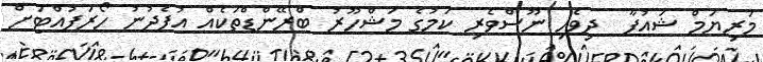
މަރިޔަމް ޝައުފާ  ދިވެހި ނޫސްވެރި ކަމުގެ މަޝްހޫރު ބްރޭންޑްތަކެއް އުފެދުނު ހޯރަފުއްޓަށް